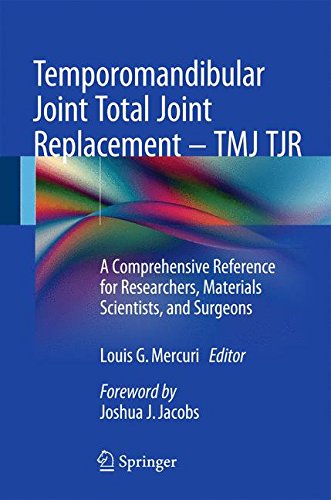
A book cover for Temporomandibular Joint Total Joint Replacement - TMJ TJR: A Comprehensive Reference for Researchers, Materials Scientists, and Surgeons; Medical Books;